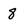
Character: 8